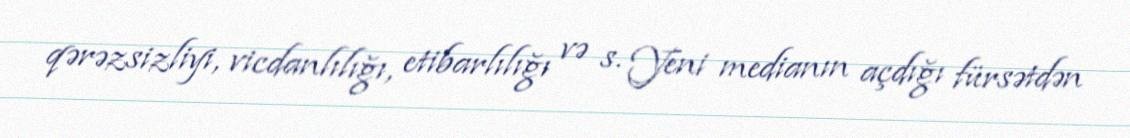
qərəzsizliyi, vicdanlılığı, etibarlılığı və s. Yeni medianın açdığı fürsətdən